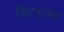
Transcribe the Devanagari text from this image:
चिटकूनच